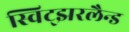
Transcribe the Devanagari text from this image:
स्विट्झरलैन्ड